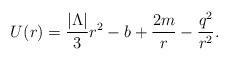
LaTeX: \begin{align*}U(r) = \frac{|\Lambda|}{3}r^2 - b + \frac{2m}{r} - \frac{q^2}{r^2} .\end{align*}